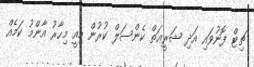
ޗިޓް ފޮނުވައި އަދި ޝަރީޢަތް ކެންސަލް ކުރުން މިއީ މިހާރު އާންމު ކަމެއް